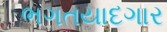
ભગતયાદગાર